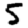
Digit: 5